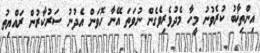
އިންތިޚާބު ކުރެވުނު މީހާ މެދުވެރިވެގެން ނުވަތަ އޭނާ ހޮވަން އެދުނު ސަރުކާރުން ރައްޔިތު